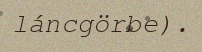
láncgörbe).